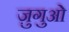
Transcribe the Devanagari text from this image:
ज़ुगुओ